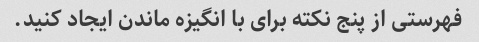
فهرستی از پنج نکته برای با انگیزه ماندن ایجاد کنید.